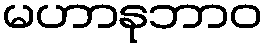
မဟာနုဘာဝ